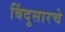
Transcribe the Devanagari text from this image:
बिंदुसारचे